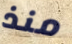
منذ